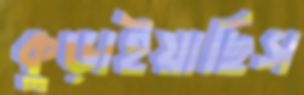
কুড়াইয়াছিস